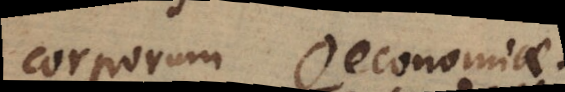
corporum Oeconomiae.